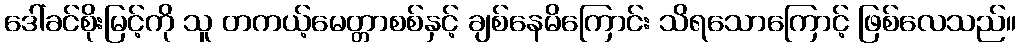
ဒေါ်ခင်စိုးမြင့်ကို သူ တကယ့်မေတ္တာစစ်နှင့် ချစ်နေမိကြောင်း သိရသောကြောင့် ဖြစ်လေသည်။